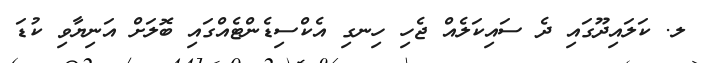
ލ. ކަލައިދޫގައި ދެ ސައިކަލެއް ޖެހި ހިނގި އެކްސިޑެންޓެއްގައި ބޮލަށް އަނިޔާވި ކުޑަ